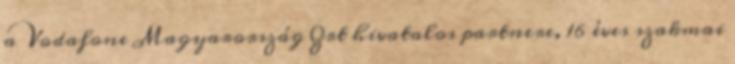
a Vodafone Magyarország Zrt hivatalos partnere, 16 éves szakmai